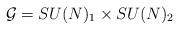
LaTeX: \begin{align*}{\cal G}=SU(N)_1 \times SU(N)_2\end{align*}